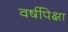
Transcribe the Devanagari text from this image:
वर्षीपेक्षा